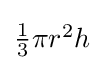
{\textstyle {\frac {1}{3}}\pi r^{2}h}